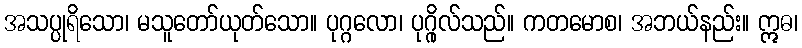
အသပ္ပုရိသော၊ မသူတော်ယုတ်သော။ ပုဂ္ဂလော၊ ပုဂ္ဂိုလ်သည်။ ကတမောစ၊ အဘယ်နည်း။ ဣဓ၊